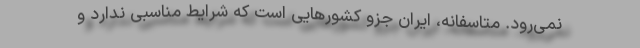
نمی‌رود. متاسفانه، ایران جزو کشورهایی است که شرایط مناسبی ندارد و